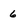
Character: 6